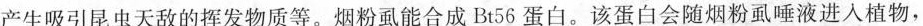
产生吸引昆虫天敌的挥发物质等。烟粉虱能合成Bt56蛋白。该蛋白会随烟粉虱唾液进入植物，